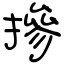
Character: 摻